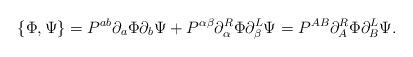
LaTeX: \begin{align*}\{\Phi,\Psi\}=P^{ab}\partial_a\Phi\partial_b\Psi +P^{\alpha \beta}\partial^R_\alpha\Phi\partial^L_\beta\Psi=P^{AB}\partial^R_A\Phi\partial^L_B\Psi. \end{align*}